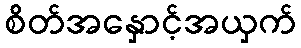
စိတ်အနှောင့်အယှက်